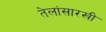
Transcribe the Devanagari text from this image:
तेलांसारखी